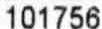
101756